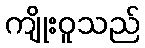
ကျိုးဝူသည်